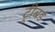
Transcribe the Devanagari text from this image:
ट्रीबर्ड